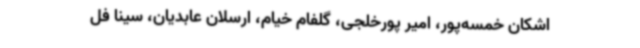
اشکان خمسه‌پور، امیر پورخلجی، گلفام خیام، ارسلان عابدیان، سینا فل